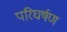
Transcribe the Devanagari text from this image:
परिघर्षण